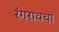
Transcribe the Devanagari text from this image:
रंगरावचा